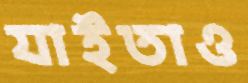
যাইতাও